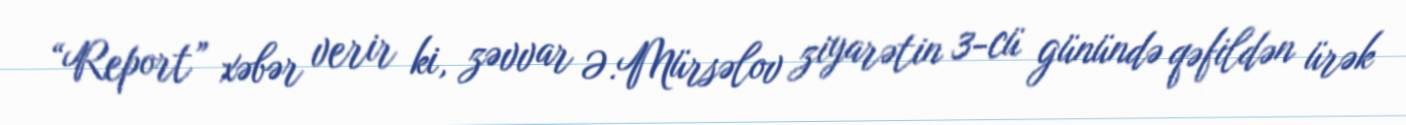
“Report” xəbər verir ki, zəvvar Ə.Mürsəlov ziyarətin 3-cü günündə qəfildən ürək